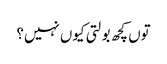
توں کچھ بولتی کیوں نہیں؟